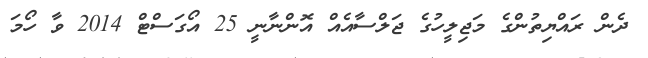
ދެން ރައްޔިތުންގެ މަޖިލީހުގެ ޖަލްސާއެއް އޮންނާނީ 25 އޯގަސްޓް 2014 ވާ ހޯމަ